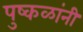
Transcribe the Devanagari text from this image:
पुष्कळांनी